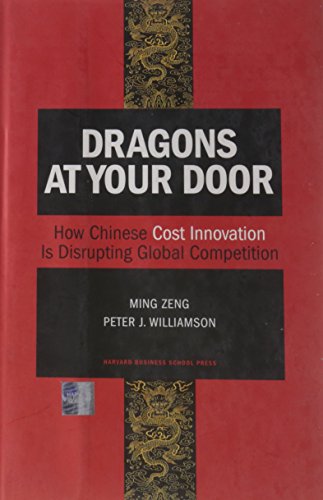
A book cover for Dragons at Your Door: How Chinese Cost Innovation Is Disrupting Global Competition; Ming Zeng; Business & Money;